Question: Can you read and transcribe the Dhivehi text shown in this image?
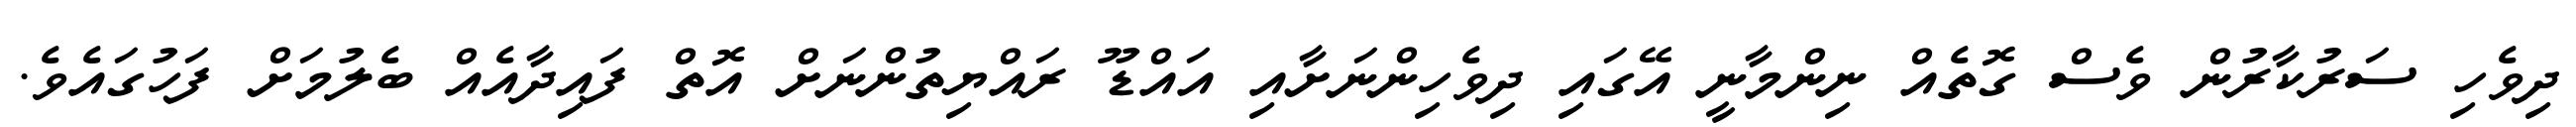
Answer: ދިވެހި ސަރުކާރުން ވެސް ގޮތެއް ނިންމާނީ އޭގައި ދިވެހިންނަށާއި އައްޑޫ ރައްޔިތުންނަށް އޮތް ފައިދާއެއް ބެލުމަށް ފަހުގައެވެ.